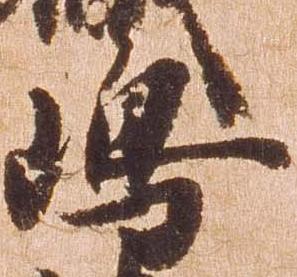
嶋